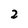
Character: 2